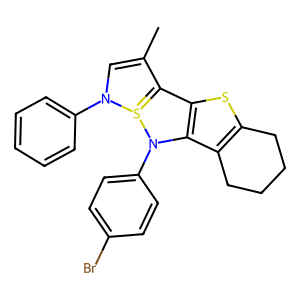
SMILES: CC1=CN(c2ccccc2)S2=C1c1sc3c(c1N2c1ccc(Br)cc1)CCCC3
Inhibits HIV replication: No